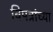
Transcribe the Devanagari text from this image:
विपत्रांच्या